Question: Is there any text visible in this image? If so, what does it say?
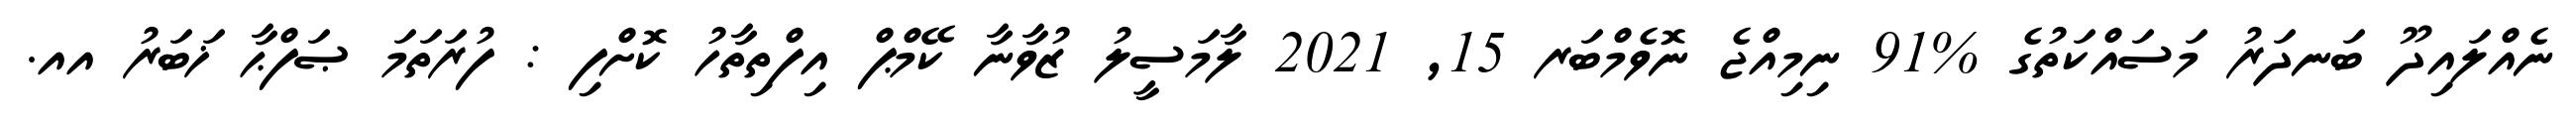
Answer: ނެއްލައިދޫ ބަނދަރު މަސައްކަތުގެ %91 ނިމިއްޖެ ނޮވެމްބަރ 15, 2021 ލާމަސީލު ޒުވާނާ ކޭމްޕް އިފްތިތާހު ކޮށްފި : ފުރަތަމަ ޞަފްޙާ ޚަބަރު އއ.